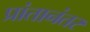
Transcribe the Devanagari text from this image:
प्रांतानंतर